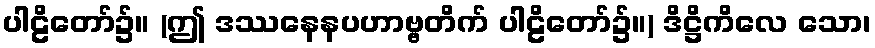
ပါဠိတော်၌။ (ဤ ဒဿနေနပဟာဗ္ဗတိက် ပါဠိတော်၌။) ဒိဋ္ဌိကိလေ သော၊